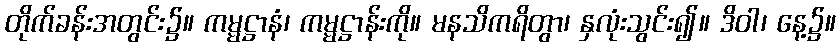
တိုက်ခန်းအတွင်း၌။ ကမ္မဋ္ဌာနံ၊ ကမ္မဋ္ဌာန်းကို။ မနသိကရိတွာ၊ နှလုံးသွင်း၍။ ဒိဝါ၊ နေ့၌။